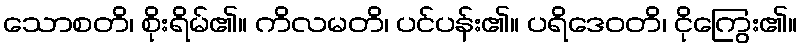
သောစတိ၊ စိုးရိမ်၏။ ကိလမတိ၊ ပင်ပန်း၏။ ပရိဒေဝတိ၊ ငိုကြွေး၏။